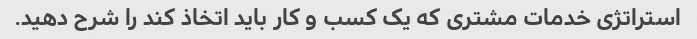
استراتژی خدمات مشتری که یک کسب و کار باید اتخاذ کند را شرح دهید.